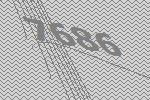
7686